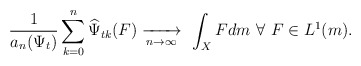
\begin{align*} \frac1{a_n(\Psi_t)}\sum_{k=0}^n\widehat{\Psi}_{tk}(F)\xrightarrow[n\to\infty]{}\ \int_X Fdm \ \forall\ F\in L^1(m).\end{align*}